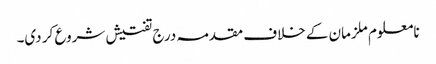
نامعلوم ملزمان کے خلاف مقدمہ درج تفتیش شروع کر دی۔